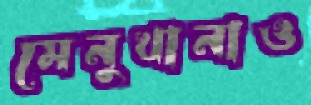
মেনুখানাও